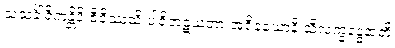
သသင်္ခါရိကန္တိပိ ဇီဝိဿသိ ပါရိဘဋယတာ အဇိနယောနိ သီလက္ခန္ဓေနာတိ